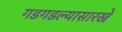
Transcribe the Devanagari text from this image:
गडगडल्यासारखे